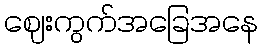
ဈေးကွက်အခြေအနေ